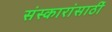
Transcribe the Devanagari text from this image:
संस्कारांसाठीं